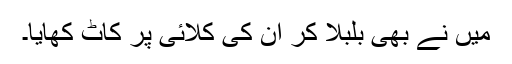
میں نے بھی بلبلا کر ان کی کلائی پر کاٹ کھایا۔